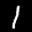
Label: 1